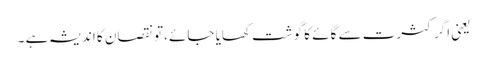
یعنی اگر کثرت سے گائے کا گوشت کھایا جائے ،تو نقصان کا اندیشہ ہے ۔